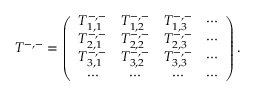
T ^ { - , - } = \left( \begin{array} { c c c c c } { T _ { 1 , 1 } ^ { - , - } } & { T _ { 1 , 2 } ^ { - , - } } & { T _ { 1 , 3 } ^ { - , - } } & { \cdots } \\ { T _ { 2 , 1 } ^ { - , - } } & { T _ { 2 , 2 } ^ { - , - } } & { T _ { 2 , 3 } ^ { - , - } } & { \cdots } \\ { T _ { 3 , 1 } ^ { - , - } } & { T _ { 3 , 2 } ^ { - , - } } & { T _ { 3 , 3 } ^ { - , - } } & { \cdots } \\ { \cdots } & { \cdots } & { \cdots } & { \cdots } \end{array} \right) .